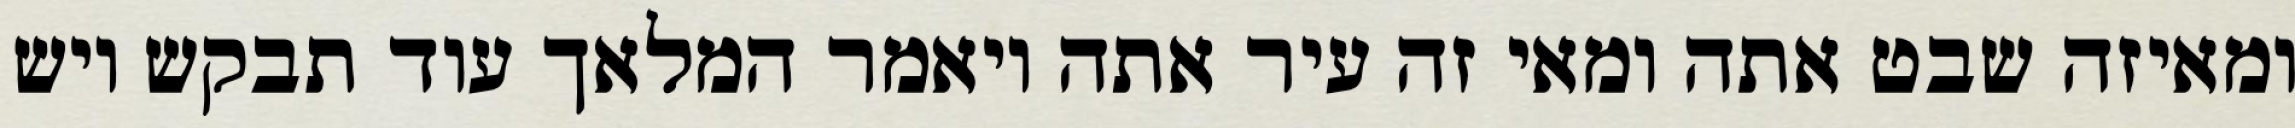
ומאיזה שבט אתה ומאי זה עיר אתה ויאמר המלאך עוד תבקש ויש